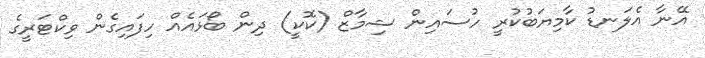
އޭނާ އެލަނޑު ކާމިޔަބުކުރީ ހުސައިން ޝިމާޒް (ކޮކީ) ދިން ބޯޅައެއް ހިފައިގެން ވިކްޓަރީގެ